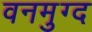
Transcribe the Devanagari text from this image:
वनमुग्द